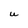
Character: U